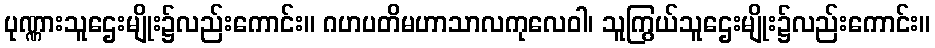
ပုဏ္ဏားသူဌေးမျိုး၌လည်းကောင်း။ ဂဟပတိမဟာသာလကုလေဝါ၊ သူကြွယ်သူဌေးမျိုး၌လည်းကောင်း။